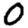
Digit: 0